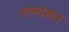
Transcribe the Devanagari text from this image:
रत्नासन